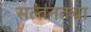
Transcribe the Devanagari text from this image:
सल्तनतचा